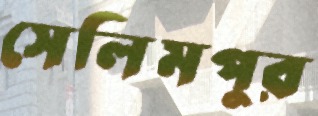
সেলিমপুর